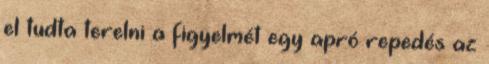
el tudta terelni a figyelmét egy apró repedés az